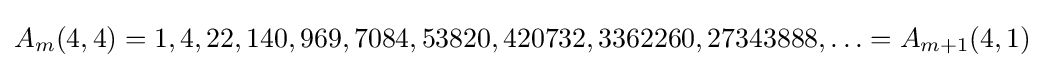
A_{m}(4,4)=1,4,22,140,969,7084,53820,420732,3362260,27343888,\ldots =A_{m+1}(4,1)